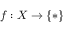
f : X \to \{ * \}